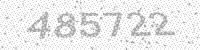
Solution: 485722